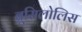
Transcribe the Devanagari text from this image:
ब्रूसिलोलिस